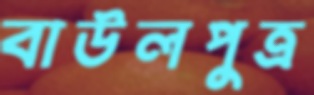
বাউলপুত্র